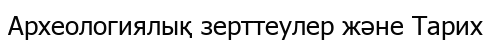
Археологиялық зерттеулер және Тарих